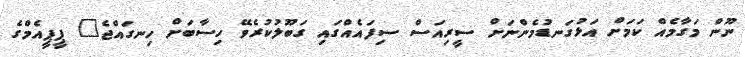
ނޫން މަގާމެއް ކަމަށް އަޅުގަނޑުމެންނަށް ސީރިއަސް ސިފައެއްގައި ގަބޫލުކުރެވޭ ހިސާބަށް ހިނގައްޖެ" ޕީޕީއެމްގެ